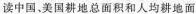
读中国、美国耕地总面积和人均耕地面